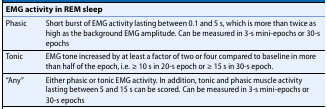
<table><thead><tr><td colspan="2"><b>EMG activity in REM sleep</b></td></tr></thead><tbody><tr><td>Phasic</td><td>Short burst of EMG activity lasting between 0.1 and 5 s, which is more than twice as high as the background EMG amplitude. Can be measured in 3‐s mini-epochs or 30‐s epochs</td></tr><tr><td>Tonic</td><td>EMG tone increased by at least a factor of two or four compared to baseline in more than half of the epoch, i.e. ≥ 10 s in 20‐s epoch or ≥ 15 s in 30‐s epoch. </td></tr><tr><td>“Any”</td><td>Either phasic or tonic EMG activity. In addition, tonic and phasic muscle activity lasting between5 and 15 s can be scored. Can be measured in 3‐s mini-epochs or 30‐s epochs</td></tr></tbody></table>